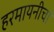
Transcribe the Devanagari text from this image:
हरमायनीचा